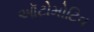
ઑટોમોટિવ